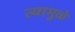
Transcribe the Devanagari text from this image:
त्यामुुळे